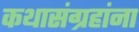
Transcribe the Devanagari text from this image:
कथासंग्रहांना